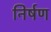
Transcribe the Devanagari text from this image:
निर्षण